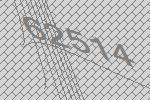
62514